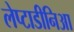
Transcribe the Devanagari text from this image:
लेप्टाडीनिआ